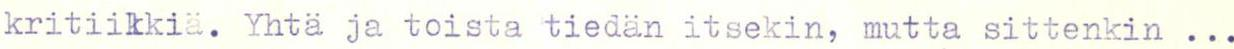
kritiikkiä. Yhtä ja toista tiedän itsekin, mutta sittenkin ...